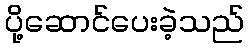
ပို့ဆောင်ပေးခဲ့သည်